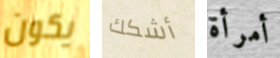
يكون أشكك أمرأة